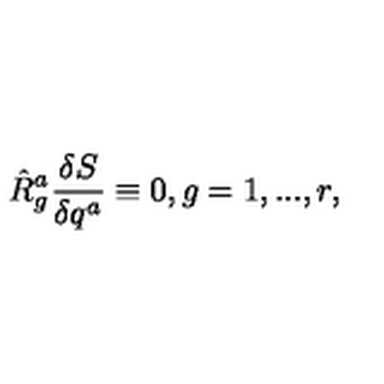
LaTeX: \hat { R } _ { g } ^ { a } \frac { \delta S } { \delta q ^ { a } } \equiv 0 , g = 1 , . . . , r ,